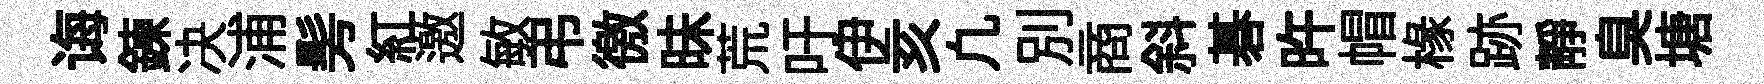
诲鍊决浦髣紅邀敏弔徼昧荒吁伊亥凢別商斜碁旿帽椽跡静臭塘